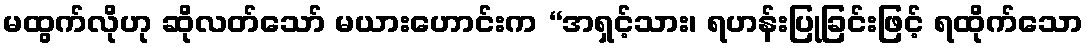
မထွက်လိုဟု ဆိုလတ်သော် မယားဟောင်းက “အရှင့်သား၊ ရဟန်းပြုခြင်းဖြင့် ရထိုက်သော